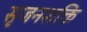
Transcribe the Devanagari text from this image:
सृजनशक्ति